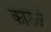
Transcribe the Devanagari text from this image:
काउळे